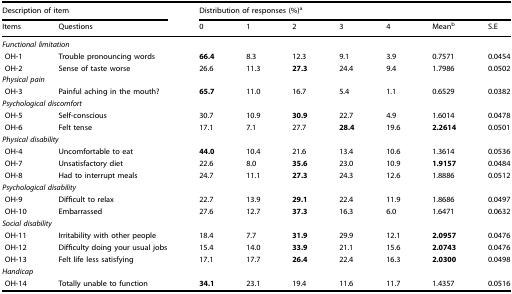
<table><thead><tr><td colspan="2"><b>Description of item</b></td><td colspan="7"><b>Distribution of responses (%)<sup>a</sup></b></td></tr><tr><td><b>Items</b></td><td><b>Questions</b></td><td><b>0</b></td><td><b>1</b></td><td><b>2</b></td><td><b>3</b></td><td><b>4</b></td><td><b>Mean<sup>b</sup></b></td><td><b>S.E</b></td></tr></thead><tbody><tr><td colspan="9"><i>Functional limitation</i></td></tr><tr><td> OH-1</td><td>Trouble pronouncing words</td><td><b>66.4</b></td><td>8.3</td><td>12.3</td><td>9.1</td><td>3.9</td><td>0.7571</td><td>0.0454</td></tr><tr><td> OH-2</td><td>Sense of taste worse</td><td>26.6</td><td>11.3</td><td><b>27.3</b></td><td>24.4</td><td>9.4</td><td>1.7986</td><td>0.0502</td></tr><tr><td colspan="9"><i>Physical pain</i></td></tr><tr><td> OH-3</td><td>Painful aching in the mouth?</td><td><b>65.7</b></td><td>11.0</td><td>16.7</td><td>5.4</td><td>1.1</td><td>0.6529</td><td>0.0382</td></tr><tr><td colspan="9"><i>Psychological discomfort</i></td></tr><tr><td> OH-5</td><td>Self-conscious</td><td>30.7</td><td>10.9</td><td><b>30.9</b></td><td>22.7</td><td>4.9</td><td>1.6014</td><td>0.0478</td></tr><tr><td> OH-6</td><td>Felt tense</td><td>17.1</td><td>7.1</td><td>27.7</td><td><b>28.4</b></td><td>19.6</td><td><b>2.2614</b></td><td>0.0501</td></tr><tr><td colspan="9"><i>Physical disability</i></td></tr><tr><td> OH-4</td><td>Uncomfortable to eat</td><td><b>44.0</b></td><td>10.4</td><td>21.6</td><td>13.4</td><td>10.6</td><td>1.3614</td><td>0.0536</td></tr><tr><td> OH-7</td><td>Unsatisfactory diet</td><td>22.6</td><td>8.0</td><td><b>35.6</b></td><td>23.0</td><td>10.9</td><td><b>1.9157</b></td><td>0.0484</td></tr><tr><td> OH-8</td><td>Had to interrupt meals</td><td>24.7</td><td>11.1</td><td><b>27.3</b></td><td>24.3</td><td>12.6</td><td>1.8886</td><td>0.0512</td></tr><tr><td colspan="9"><i>Psychological disability</i></td></tr><tr><td> OH-9</td><td>Difficult to relax</td><td>22.7</td><td>13.9</td><td><b>29.1</b></td><td>22.4</td><td>11.9</td><td>1.8686</td><td>0.0497</td></tr><tr><td> OH-10</td><td>Embarrassed</td><td>27.6</td><td>12.7</td><td><b>37.3</b></td><td>16.3</td><td>6.0</td><td>1.6471</td><td>0.0632</td></tr><tr><td colspan="9"><i>Social disability</i></td></tr><tr><td> OH-11</td><td>Irritability with other people</td><td>18.4</td><td>7.7</td><td><b>31.9</b></td><td>29.9</td><td>12.1</td><td><b>2.0957</b></td><td>0.0476</td></tr><tr><td> OH-12</td><td>Difficulty doing your usual jobs</td><td>15.4</td><td>14.0</td><td><b>33.9</b></td><td>21.1</td><td>15.6</td><td><b>2.0743</b></td><td>0.0476</td></tr><tr><td> OH-13</td><td>Felt life less satisfying</td><td>17.1</td><td>17.7</td><td><b>26.4</b></td><td>22.4</td><td>16.3</td><td><b>2.0300</b></td><td>0.0498</td></tr><tr><td colspan="9"><i>Handicap</i></td></tr><tr><td> OH-14</td><td>Totally unable to function</td><td><b>34.1</b></td><td>23.1</td><td>19.4</td><td>11.6</td><td>11.7</td><td>1.4357</td><td>0.0516</td></tr></tbody></table>